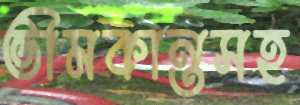
ভীমকান্তসহ